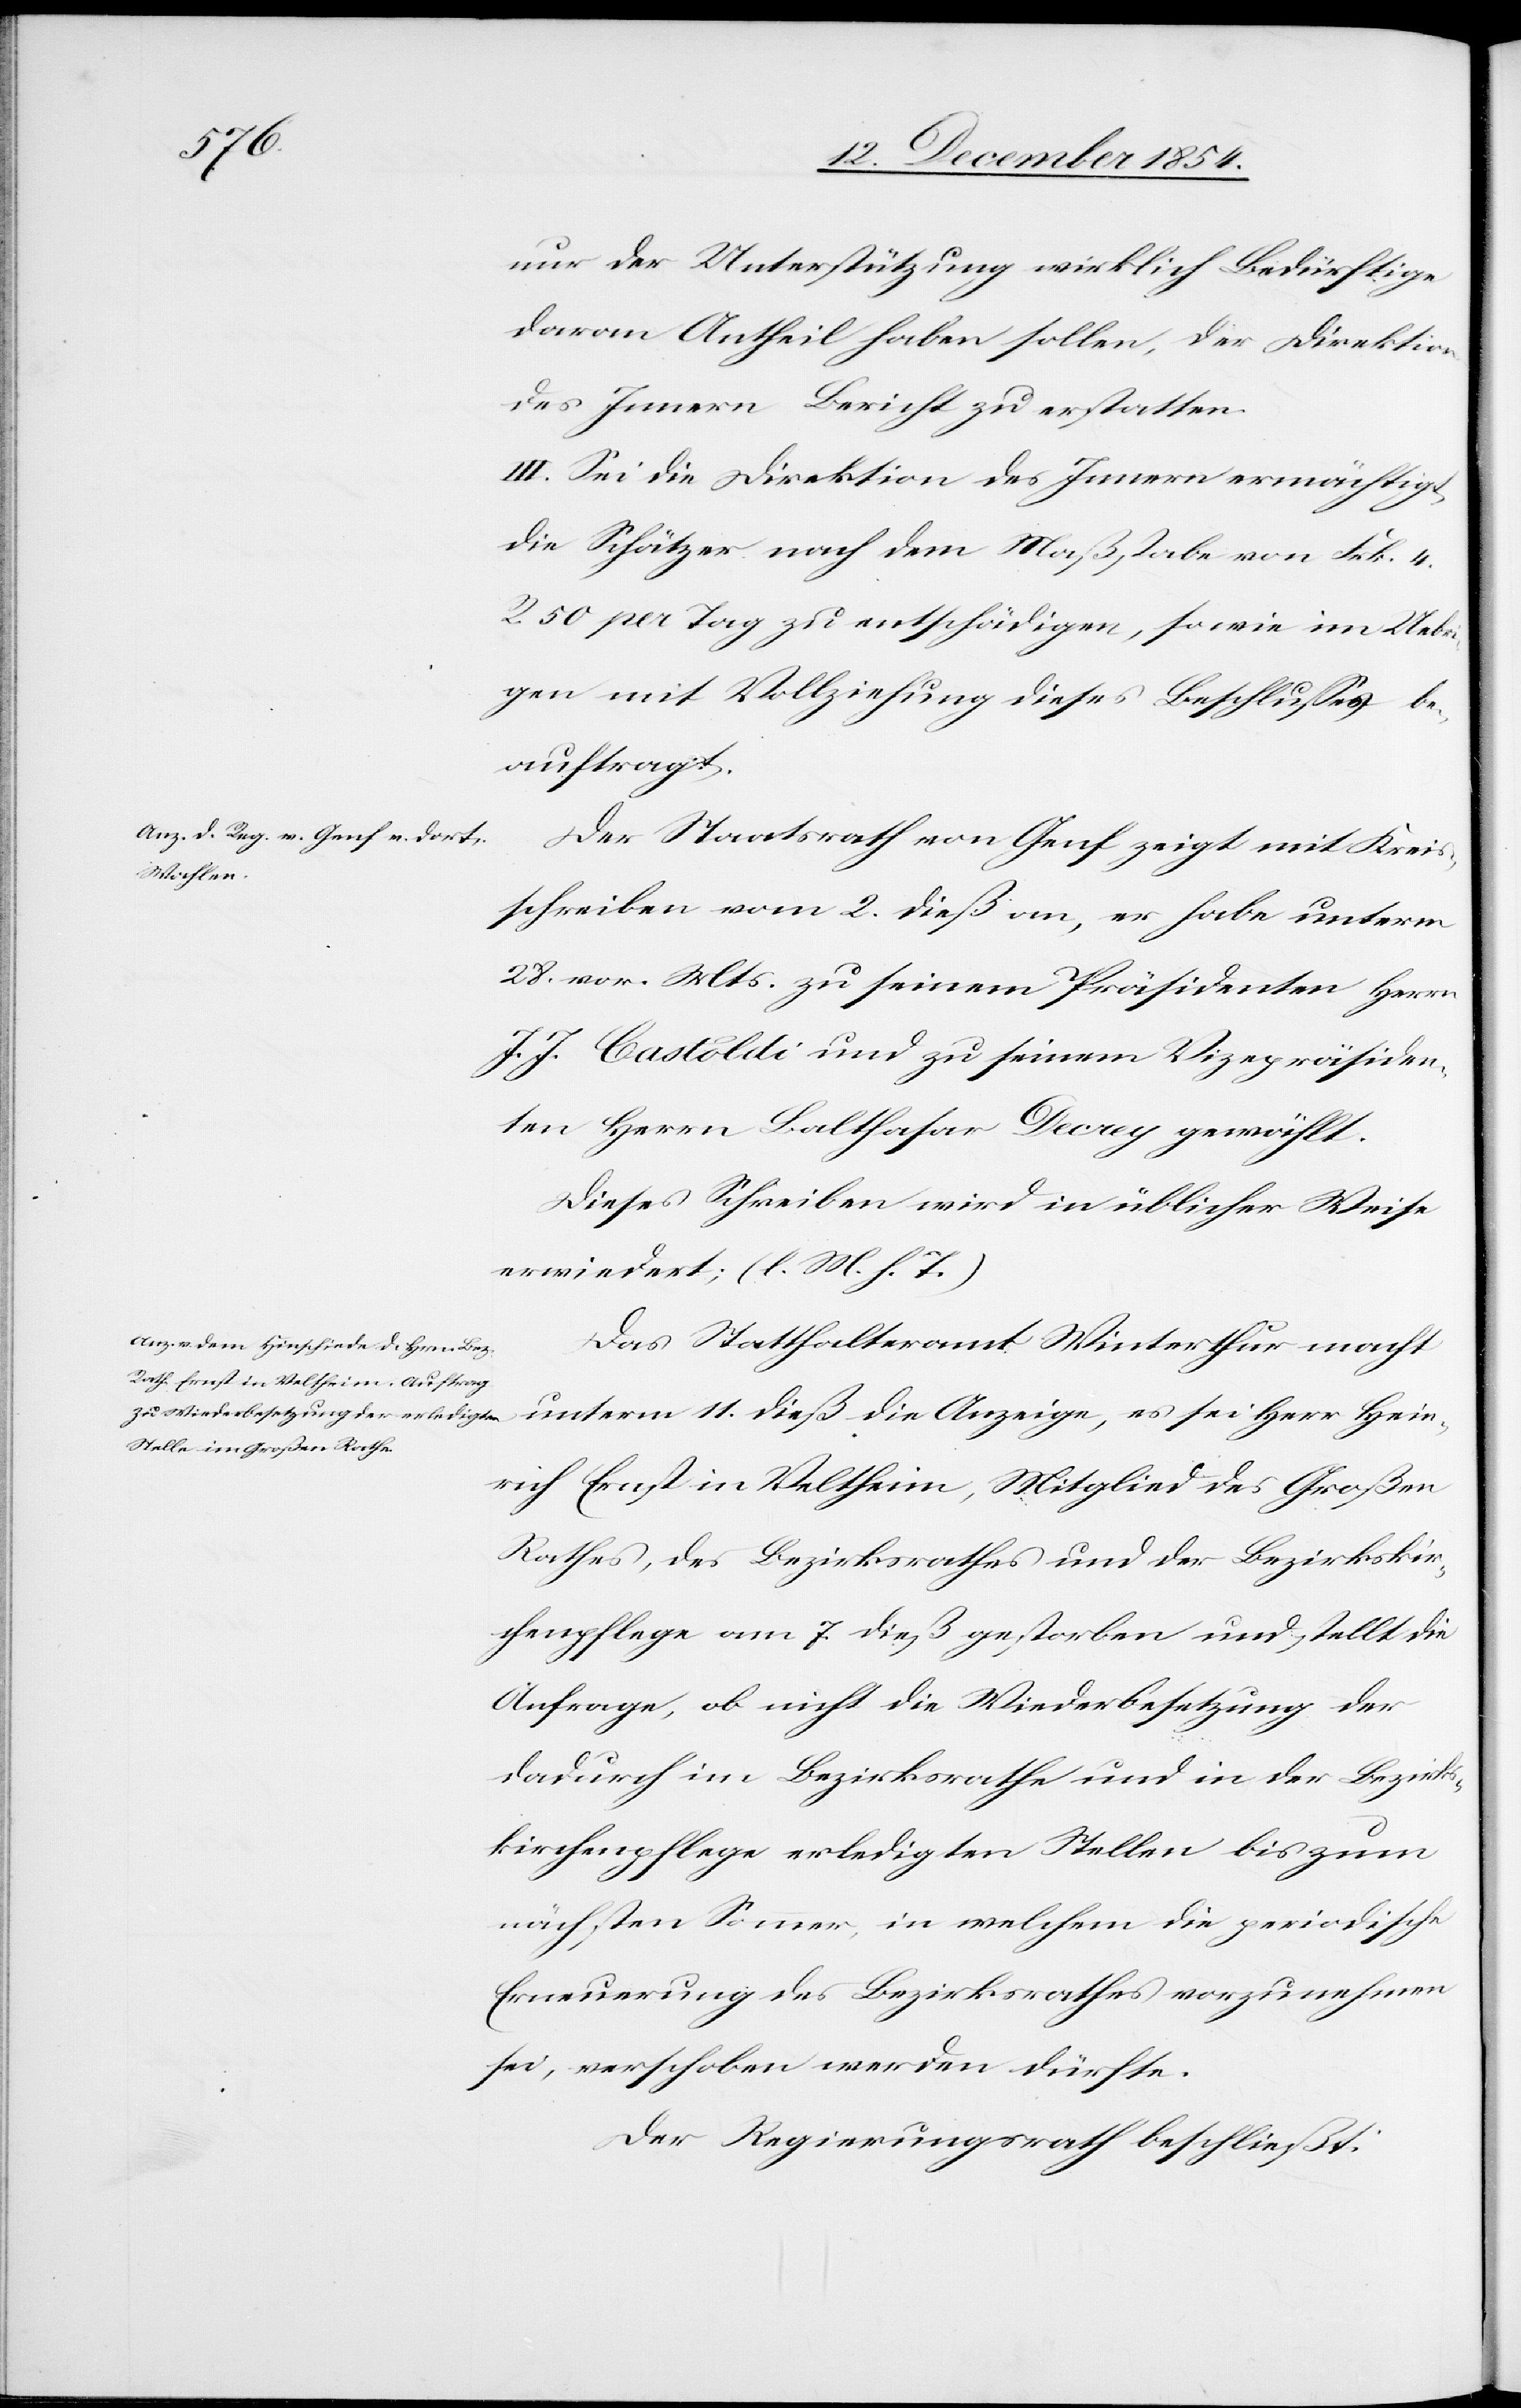
nur der Unterstützung wirklich Bedürftige
daran Antheil haben sollen, der Direktion
des Innern Bericht zu erstatten.
III. Sei die Direktion des Innern ermächtigt,
die Schätzer nach dem Maßstabe von Frk. 4.
R. 50 per Tag zu entschädigen, sowie im Uebri¬
gen mit Vollziehung dieses Beschlußes be¬
auftragt.
Der Staatsrath von Genf zeigt mit Kreis¬
Herr Hein¬
schreiben vom 2. dieß an, er habe unterm
28. vor. Mts. zu seinem Präsidenten Herrn
J. J. Castoldi und zu seinem Vizepräsiden¬
ten Herrn Balthasar Decrey gewählt.
Dieses Schreiben wird in üblicher Weise
erwiedert;(l. M. h. T.)
Das Statthalteramt Winterthur macht
rich Ernst in Veltheim, Mitglied des Großen
Rathes, des Bezirksrathes und der Bezirkskir¬
chenpflege am 7. dieß gestorben und stellt die
Anfrage, ob nicht die Wiederbesetzung der
dadurch im Bezirksrathe und in der Bezirks¬
kirchenpflege erledigten Stelle bis zum
nächsten Sommer, in welchem die periodische
Erneuerung des Bezirksrathes vorzunehmen
sei, verschoben werden dürfte.
Der Regierungsrath beschließt: